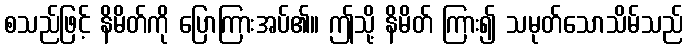
စသည်ဖြင့် နိမိတ်ကို ပြောကြားအပ်၏။ ဤသို့ နိမိတ် ကြား၍ သမုတ်သောသိမ်သည်